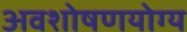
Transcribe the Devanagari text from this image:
अवशोषणयोग्य